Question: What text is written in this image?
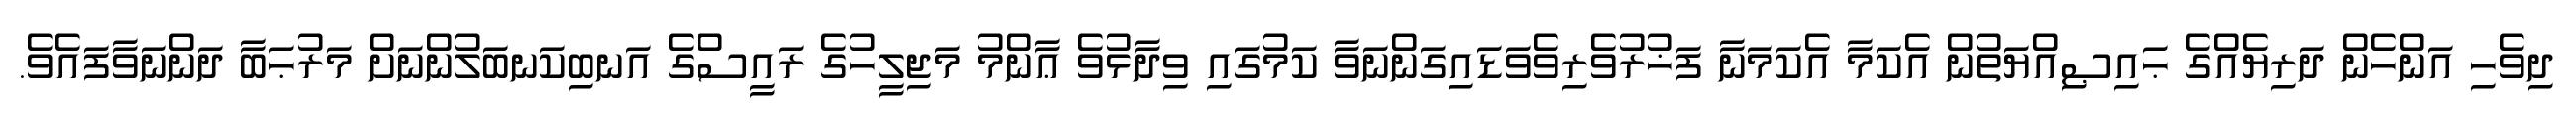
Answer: ދިވެހި އަންހެން ދަރިޔެއްގެ ޙައިޞިއްޔަތުން އެކަމާ އެކަމަނާ ފަޚުރުވެރިވެވަޑައިގަންނަވާ ކަމުގައި ވިދާޅުވެ ޢާންމު މަޖިލީހުގެ ރައީސްގެ އަނބިކަނބަލުންނަށް މަރުޙަބާ ދަންނަވާފައެވެ.